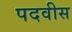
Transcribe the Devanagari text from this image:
पदवीस